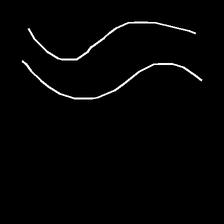
Glyph: float